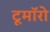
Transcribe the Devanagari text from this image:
टूमॉरो